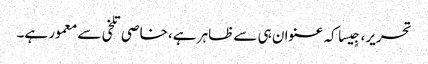
تحریر، جٍیسا کہ عنوان ہی سے ظاہر ہے، خاصی تلخی سے معمور ہے۔